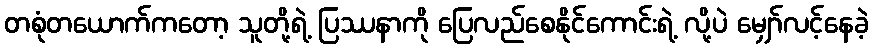
တစုံတယောက်ကတော့ သူတို့ရဲ့ ပြဿနာကို ပြေလည်စေနိုင်ကောင်းရဲ့ လို့ပဲ မျှော်လင့်နေခဲ့